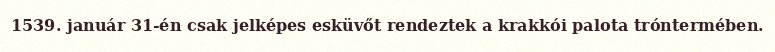
1539. január 31-én csak jelképes esküvőt rendeztek a krakkói palota tróntermében.